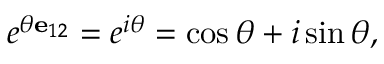
e ^ { \theta \mathbf { e } _ { 1 2 } } = e ^ { i \theta } = \cos { \theta } + i \sin { \theta } ,